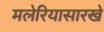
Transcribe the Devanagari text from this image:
मलेरियासारखे